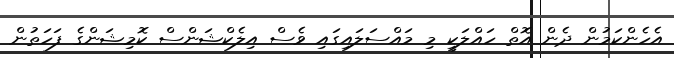
އެހެންކަމުން ދެން އޮތް ހައްލަކީ މި މައްސަލައިގައި ވެސް އިލެކްޝަންސް ކޮމިޝަންގެ ފަހަތުން